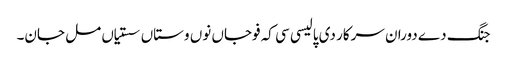
جنگ دے دوران سرکار دی پالیسی سی کہ فوجاں نوں وستاں سستیاں مل جان۔